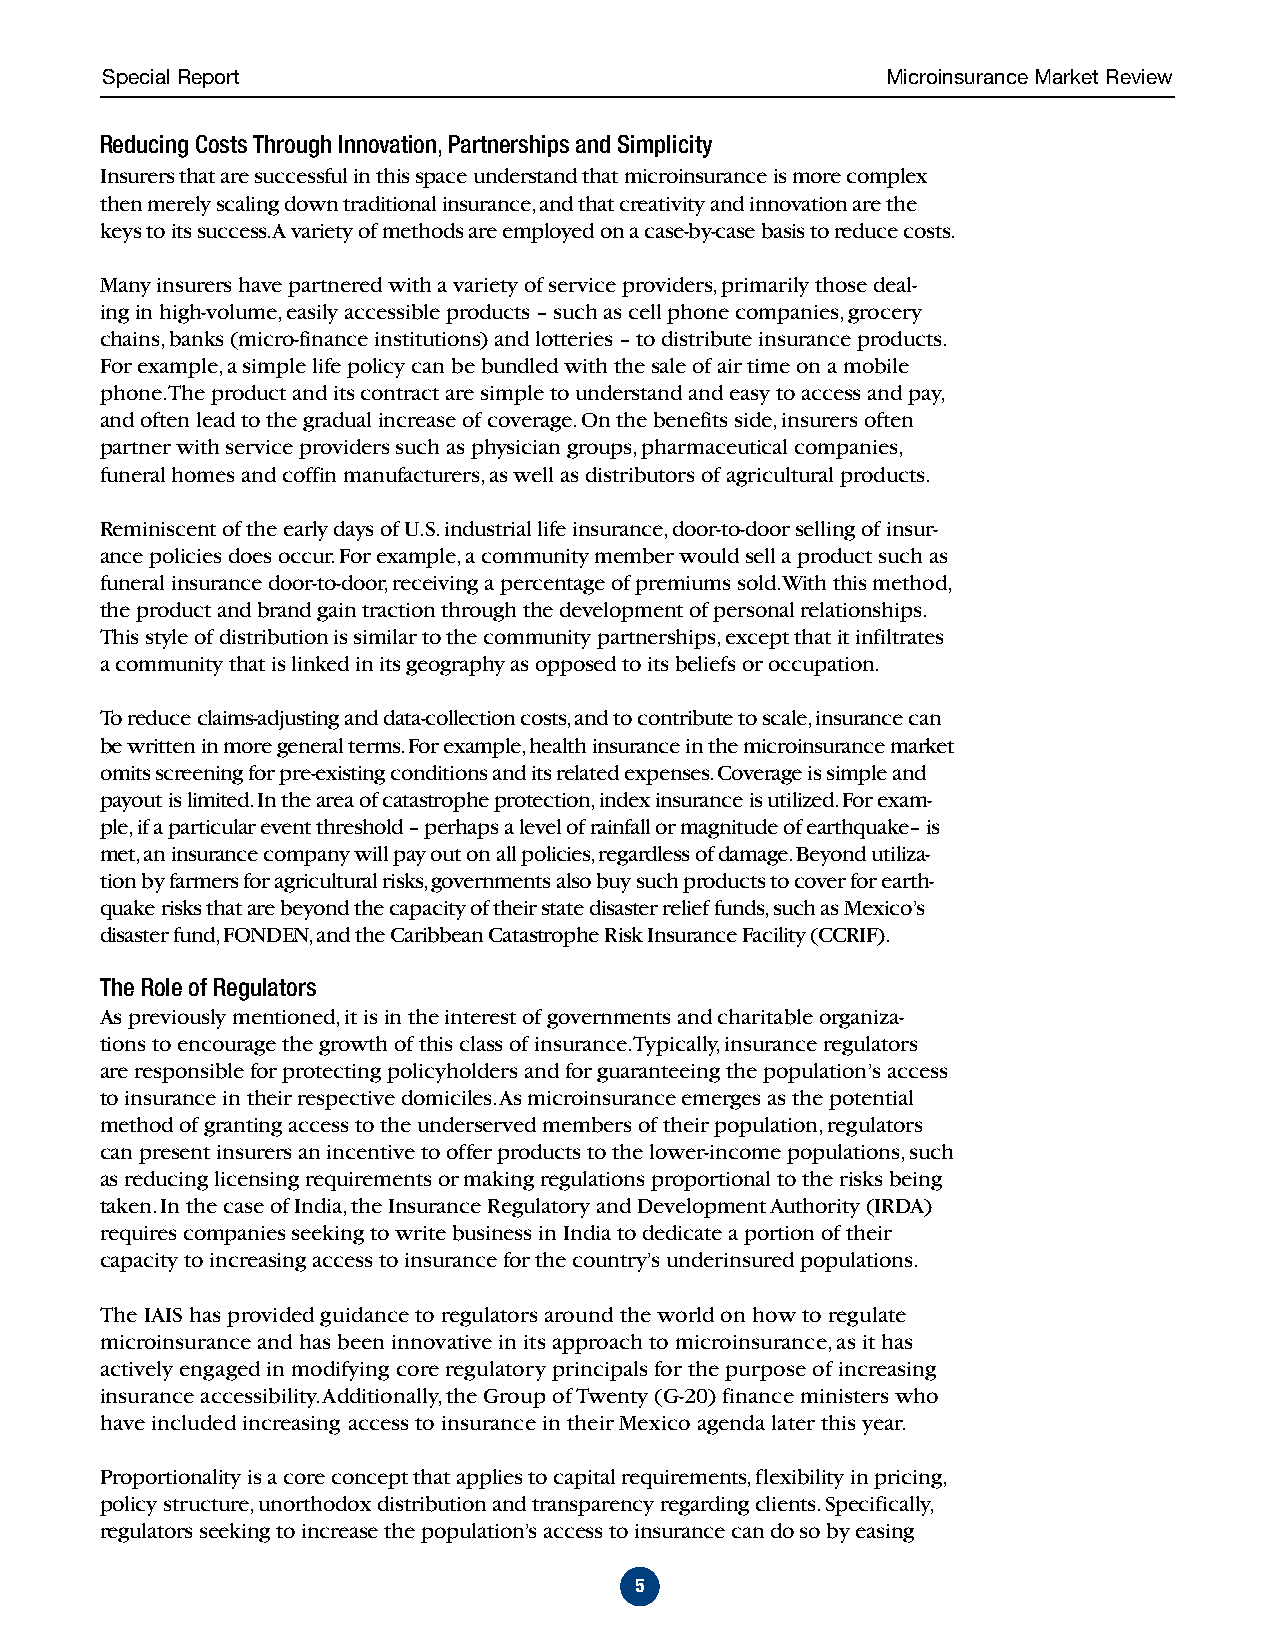
Special Report                                      Microinsurance Market Review
 Reducing Costs Through Innovation, Partnerships and Simplicity
 Insurers that are successful in this space understand that microinsurance is more complex
 then merely scaling down traditional insurance, and that creativity and innovation are the
 keys to its success. A variety of methods are employed on a case-by-case basis to reduce costs.
 Many insurers have partnered with a variety of service providers, primarily those deal-
 ing in high-volume, easily accessible products – such as cell phone companies, grocery
 chains, banks (micro-finance institutions) and lotteries – to distribute insurance products.
 For example, a simple life policy can be bundled with the sale of air time on a mobile
 phone. The product and its contract are simple to understand and easy to access and pay,
 and often lead to the gradual increase of coverage. On the benefits side, insurers often
 partner with service providers such as physician groups, pharmaceutical companies,
 funeral homes and coffin manufacturers, as well as distributors of agricultural products.
 Reminiscent of the early days of U.S. industrial life insurance, door-to-door selling of insur-
 ance policies does occur. For example, a community member would sell a product such as
 funeral insurance door-to-door, receiving a percentage of premiums sold. With this method,
 the product and brand gain traction through the development of personal relationships.
 This style of distribution is similar to the community partnerships, except that it infiltrates
 a community that is linked in its geography as opposed to its beliefs or occupation.
 To reduce claims-adjusting and data-collection costs, and to contribute to scale, insurance can
 be written in more general terms. For example, health insurance in the microinsurance market
 omits screening for pre-existing conditions and its related expenses. Coverage is simple and
 payout is limited. In the area of catastrophe protection, index insurance is utilized. For exam-
 ple, if a particular event threshold – perhaps a level of rainfall or magnitude of earthquake– is
 met, an insurance company will pay out on all policies, regardless of damage. Beyond utiliza-
 tion by farmers for agricultural risks, governments also buy such products to cover for earth-
 quake risks that are beyond the capacity of their state disaster relief funds, such as Mexico’s
 disaster fund, FONDEN, and the Caribbean Catastrophe Risk Insurance Facility (CCRIF).
 The Role of Regulators
 As previously mentioned, it is in the interest of governments and charitable organiza-
 tions to encourage the growth of this class of insurance. Typically, insurance regulators
 are responsible for protecting policyholders and for guaranteeing the population’s access
 to insurance in their respective domiciles. As microinsurance emerges as the potential
 method of granting access to the underserved members of their population, regulators
 can present insurers an incentive to offer products to the lower-income populations, such
 as reducing licensing requirements or making regulations proportional to the risks being
 taken. In the case of India, the Insurance Regulatory and Development Authority (IRDA)
 requires companies seeking to write business in India to dedicate a portion of their
 capacity to increasing access to insurance for the country’s underinsured populations.
 The IAIS has provided guidance to regulators around the world on how to regulate
 microinsurance and has been innovative in its approach to microinsurance, as it has
 actively engaged in modifying core regulatory principals for the purpose of increasing
 insurance accessibility. Additionally, the Group of Twenty (G-20) finance ministers who
 have included increasing access to insurance in their Mexico agenda later this year.
 Proportionality is a core concept that applies to capital requirements, flexibility in pricing,
 policy structure, unorthodox distribution and transparency regarding clients. Specifically,
 regulators seeking to increase the population’s access to insurance can do so by easing
 5